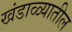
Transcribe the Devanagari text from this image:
खंडाळ्यातील